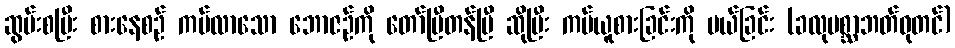
ဆွမ်းစပြီး စားနေစဉ် ကပ်လာသော ဘောဇဉ်ကို တော်ပြီတန်ပြီ ဆိုပြီး ကပ်ယူစားခြင်းကို ပယ်ခြင်း (ခလုပစ္ဆာဘတ်ဓုတင်)